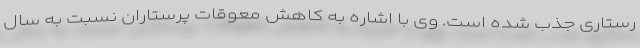
رستاری جذب شده است. وی با اشاره به کاهش معوقات پرستاران نسبت به سال